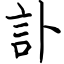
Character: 訃